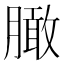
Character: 𰯔